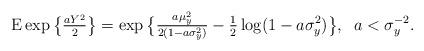
LaTeX: \begin{align*}\mathrm{E}\exp\big\{\tfrac{aY^2}{2}\big\}=\exp\big\{\tfrac{a\mu_y^2}{2(1-a\sigma_y^2)}-\tfrac{1}{2}\log(1-a\sigma_y^2)\big\}, \;\; a<\sigma_y^{-2}.\end{align*}